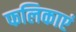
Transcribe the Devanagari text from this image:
फलिकाएं